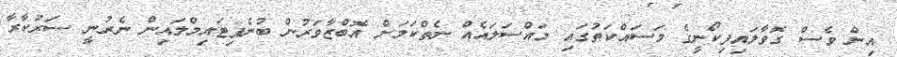
އިން ވެސް ގޮވާލައިފިކޯނީގެ މަސައްކަތުގައި މައްސަލައެއް ނެތްކަމަށް އޮބްޒާވަރުން ބުނެފިޓައިމްލައިން ނެރުނީ ސަރުކާރާ